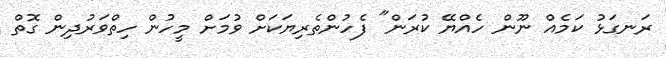
ރަނގަޅު ކަމެއް ނޫން ހެއްޔޭ ކުރަން" ފެހުންތެރިޔަކަށް ވުމަށް މީހުން ހިތްވަރުދިން ގޮތް